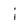
Character: i